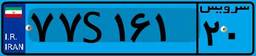
۷۷S۱۶۱۲۰